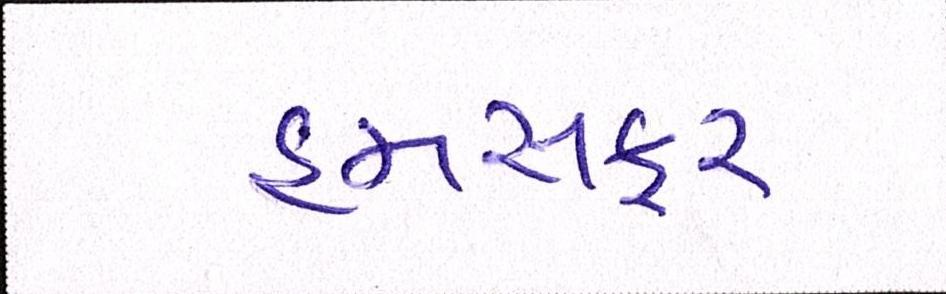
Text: હમસફર